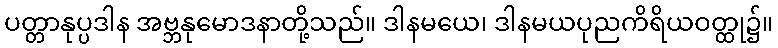
ပတ္တာနုပ္ပဒါန အဗ္ဘနုမောဒနာတို့သည်။ ဒါနမယေ၊ ဒါနမယပုညကိရိယဝတ္ထု၌။